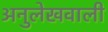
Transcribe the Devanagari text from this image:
अनुलेखवाली